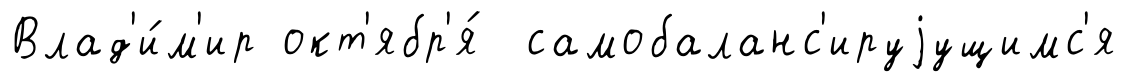
Влад'и́м'ир окт'ябр'я́ самобаланс'ируjущимс'я